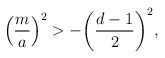
\begin{align*}\left( {m \over a}\right)^2 > -\biggl({d-1 \over 2}\biggr)^2,\end{align*}